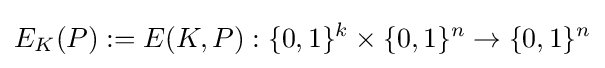
E_{K}(P):=E(K,P):\{0,1\}^{k}\times \{0,1\}^{n}\rightarrow \{0,1\}^{n}